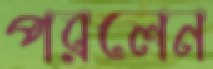
পরলেন